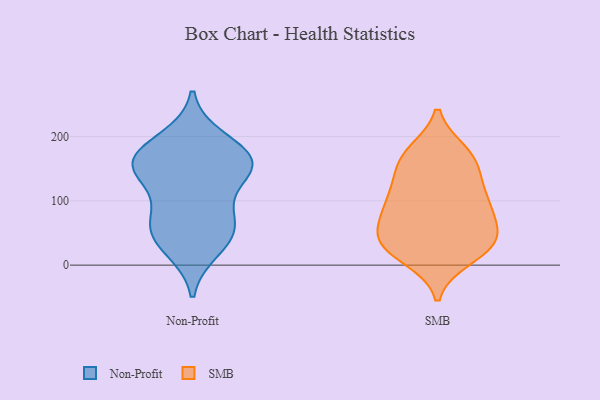
{"axis": {"x": "Revenue (USD Million)", "y": "Value"}, "legend": ["Non-Profit", "SMB"], "data": [{"x": "", "y": 160, "type": "Non-Profit"}, {"x": "", "y": 195, "type": "Non-Profit"}, {"x": "", "y": 151, "type": "Non-Profit"}, {"x": "", "y": 45, "type": "Non-Profit"}, {"x": "", "y": 161, "type": "Non-Profit"}, {"x": "", "y": 75, "type": "Non-Profit"}, {"x": "", "y": 175, "type": "Non-Profit"}, {"x": "", "y": 144, "type": "Non-Profit"}, {"x": "", "y": 26, "type": "Non-Profit"}, {"x": "", "y": 76, "type": "Non-Profit"}, {"x": "", "y": 149, "type": "Non-Profit"}, {"x": "", "y": 52, "type": "Non-Profit"}, {"x": "", "y": 108, "type": "SMB"}, {"x": "", "y": 131, "type": "SMB"}, {"x": "", "y": 24, "type": "SMB"}, {"x": "", "y": 40, "type": "SMB"}, {"x": "", "y": 40, "type": "SMB"}, {"x": "", "y": 64, "type": "SMB"}, {"x": "", "y": 29, "type": "SMB"}, {"x": "", "y": 99, "type": "SMB"}, {"x": "", "y": 12, "type": "SMB"}, {"x": "", "y": 93, "type": "SMB"}, {"x": "", "y": 175, "type": "SMB"}, {"x": "", "y": 154, "type": "SMB"}, {"x": "", "y": 63, "type": "SMB"}, {"x": "", "y": 172, "type": "SMB"}, {"x": "", "y": 95, "type": "SMB"}, {"x": "", "y": 165, "type": "SMB"}, {"x": "", "y": 33, "type": "SMB"}]}